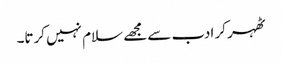
ٹھہر کر ادب سے مجھے سلام نہیں کرتا۔